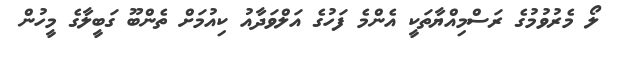
ލޯ މެރުވުމުގެ ރަސްމިއްޔާތަކީ އެންމެ ފަހުގެ އަލްވަދާއު ކިއުމަށް ތެންބޫ ގަބީލާގެ މީހުން